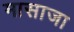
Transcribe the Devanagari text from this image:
मासाजा